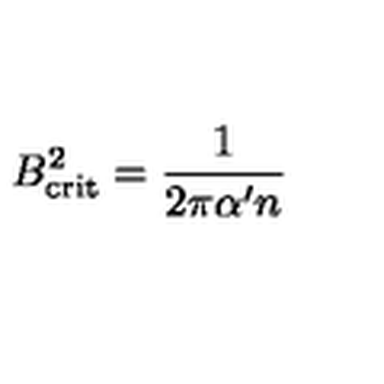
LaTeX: B _ { \mathrm { c r i t } } ^ { 2 } = \frac { 1 } { 2 \pi \alpha ^ { \prime } n }